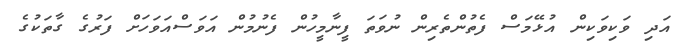
އަދި ވަކިވަކިން އުޅޭމަސް ފެތުންތެރިން ނުވަތަ ފީނާމީހުން ފެނުމުން އަވަސްއަވަހަށް ފަރުގެ ގާތަކުގެ